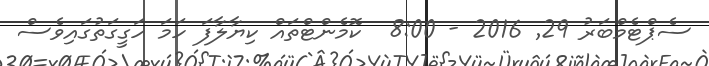
ސެޕްޓެމްބަރު 29